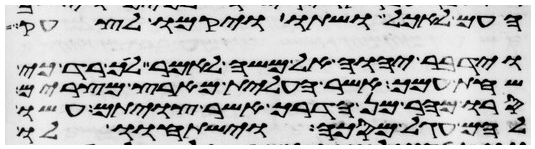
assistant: העם לאכל ושתו ויקמו לצחק
וידבר יהוה אל משה לאמר לך רד כי
שחת עמך אשר העלית מארץ מצרים
סרו מהר מן הדרך אשר צויתם עשו
להם עגל מסכה וישתחוו לו